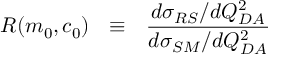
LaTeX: R ( m _ { 0 } , c _ { 0 } ) ~ ~ \equiv ~ ~ \frac { d \sigma _ { R S } / d Q _ { D A } ^ { 2 } } { d \sigma _ { S M } / d Q _ { D A } ^ { 2 } }